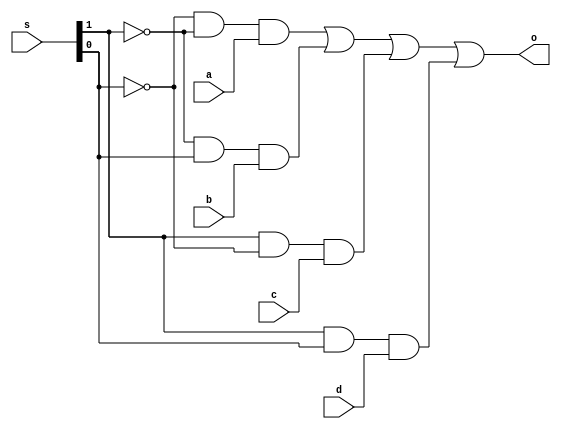
module mux1(o,a,b,c,d,s); 
input [1:0]s; 
input [1:0]a,b,c,d; 
output [1:0]o; 
assign o=(~s[0]&~s[1]&a)|(~s[1]&s[0]&b)|(s[1]&~s[0]&c)|(s[1]&s[0]&d); 
endmodule 

module df(input d,s,w,s2,output q1); 
wire r,s1,q2,q3; 
assign s1=~(d&s&w&s2); 
assign r=~(~(d)&s&w&s2); 
assign q3=~(s1&q2);
assign q2=~(r&q1); 
assign q1=q3&s&~(w); 
endmodule 

module sram(d,s,s1,w,o); 
input [1:0]d; 
input s1,w; 
input [1:0]s; 
output [1:0]o; 
wire [1:0]o1,o2,o3,o4; 
wire c1,c2,c3,c4; 
assign c1=(~s[0]&~s[1]); 
assign c2=(~s[1]&s[0]); 
assign c3=(s[1]&~s[0]); 
assign c4=(s[1]&s[0]); 
df r1(d[0],s1,w,c1,o1[0]); 
df r2(d[1],~s1,w,c1,o1[1]); 
df r3(d[0],s1,w,c2,o2[0]); 
df r4(d[1],~s1,w,c2,o2[1]); 
df r5(d[0],s1,w,c3,o3[0]); 
df r6(d[1],~s1,w,c3,o3[1]); 
df r7(d[0],s1,w,c4,o4[0]); 
df r8(d[1],~s1,w,c4,o4[1]); 
mux1 m1(o,o1,o2,o3,o4,s); 
endmodule